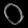
Digit: ၀